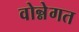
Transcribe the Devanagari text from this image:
वोन्नेगत